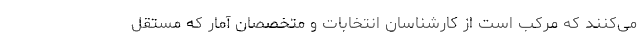
می‌کنند که مرکب است از کارشناسان انتخابات و متخصصان آمار که مستقل